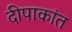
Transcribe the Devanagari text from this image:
दीपाकांत